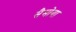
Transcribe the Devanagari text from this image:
सैमोया